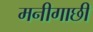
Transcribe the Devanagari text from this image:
मनीगाछी